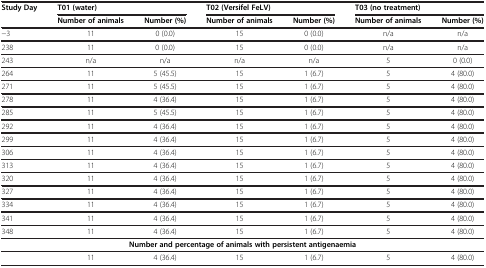
<table><thead><tr><td rowspan="2"><b>Study Day</b></td><td colspan="2"><b>T01 (water)</b></td><td colspan="2"><b>T02 (Versifel FeLV)</b></td><td colspan="2"><b>T03 (no treatment)</b></td></tr><tr><td><b>Number of animals</b></td><td><b>Number (%)</b></td><td><b>Number of animals</b></td><td><b>Number (%)</b></td><td><b>Number of animals</b></td><td><b>Number (%)</b></td></tr></thead><tbody><tr><td>−3</td><td>11</td><td>0 (0.0)</td><td>15</td><td>0 (0.0)</td><td>n/a</td><td>n/a</td></tr><tr><td>238</td><td>11</td><td>0 (0.0)</td><td>15</td><td>0 (0.0)</td><td>n/a</td><td>n/a</td></tr><tr><td>243</td><td>n/a</td><td>n/a</td><td>n/a</td><td>n/a</td><td>5</td><td>0 (0.0)</td></tr><tr><td>264</td><td>11</td><td>5 (45.5)</td><td>15</td><td>1 (6.7)</td><td>5</td><td>4 (80.0)</td></tr><tr><td>271</td><td>11</td><td>5 (45.5)</td><td>15</td><td>1 (6.7)</td><td>5</td><td>4 (80.0)</td></tr><tr><td>278</td><td>11</td><td>4 (36.4)</td><td>15</td><td>1 (6.7)</td><td>5</td><td>4 (80.0)</td></tr><tr><td>285</td><td>11</td><td>5 (45.5)</td><td>15</td><td>1 (6.7)</td><td>5</td><td>4 (80.0)</td></tr><tr><td>292</td><td>11</td><td>4 (36.4)</td><td>15</td><td>1 (6.7)</td><td>5</td><td>4 (80.0)</td></tr><tr><td>299</td><td>11</td><td>4 (36.4)</td><td>15</td><td>1 (6.7)</td><td>5</td><td>4 (80.0)</td></tr><tr><td>306</td><td>11</td><td>4 (36.4)</td><td>15</td><td>1 (6.7)</td><td>5</td><td>4 (80.0)</td></tr><tr><td>313</td><td>11</td><td>4 (36.4)</td><td>15</td><td>1 (6.7)</td><td>5</td><td>4 (80.0)</td></tr><tr><td>320</td><td>11</td><td>4 (36.4)</td><td>15</td><td>1 (6.7)</td><td>5</td><td>4 (80.0)</td></tr><tr><td>327</td><td>11</td><td>4 (36.4)</td><td>15</td><td>1 (6.7)</td><td>5</td><td>4 (80.0)</td></tr><tr><td>334</td><td>11</td><td>4 (36.4)</td><td>15</td><td>1 (6.7)</td><td>5</td><td>4 (80.0)</td></tr><tr><td>341</td><td>11</td><td>4 (36.4)</td><td>15</td><td>1 (6.7)</td><td>5</td><td>4 (80.0)</td></tr><tr><td>348</td><td>11</td><td>4 (36.4)</td><td>15</td><td>1 (6.7)</td><td>5</td><td>4 (80.0)</td></tr><tr><td colspan="7"><b>Number and percentage of animals with persistent antigenaemia</b></td></tr><tr><td> </td><td>11</td><td>4 (36.4)</td><td>15</td><td>1 (6.7)</td><td>5</td><td>4 (80.0)</td></tr></tbody></table>